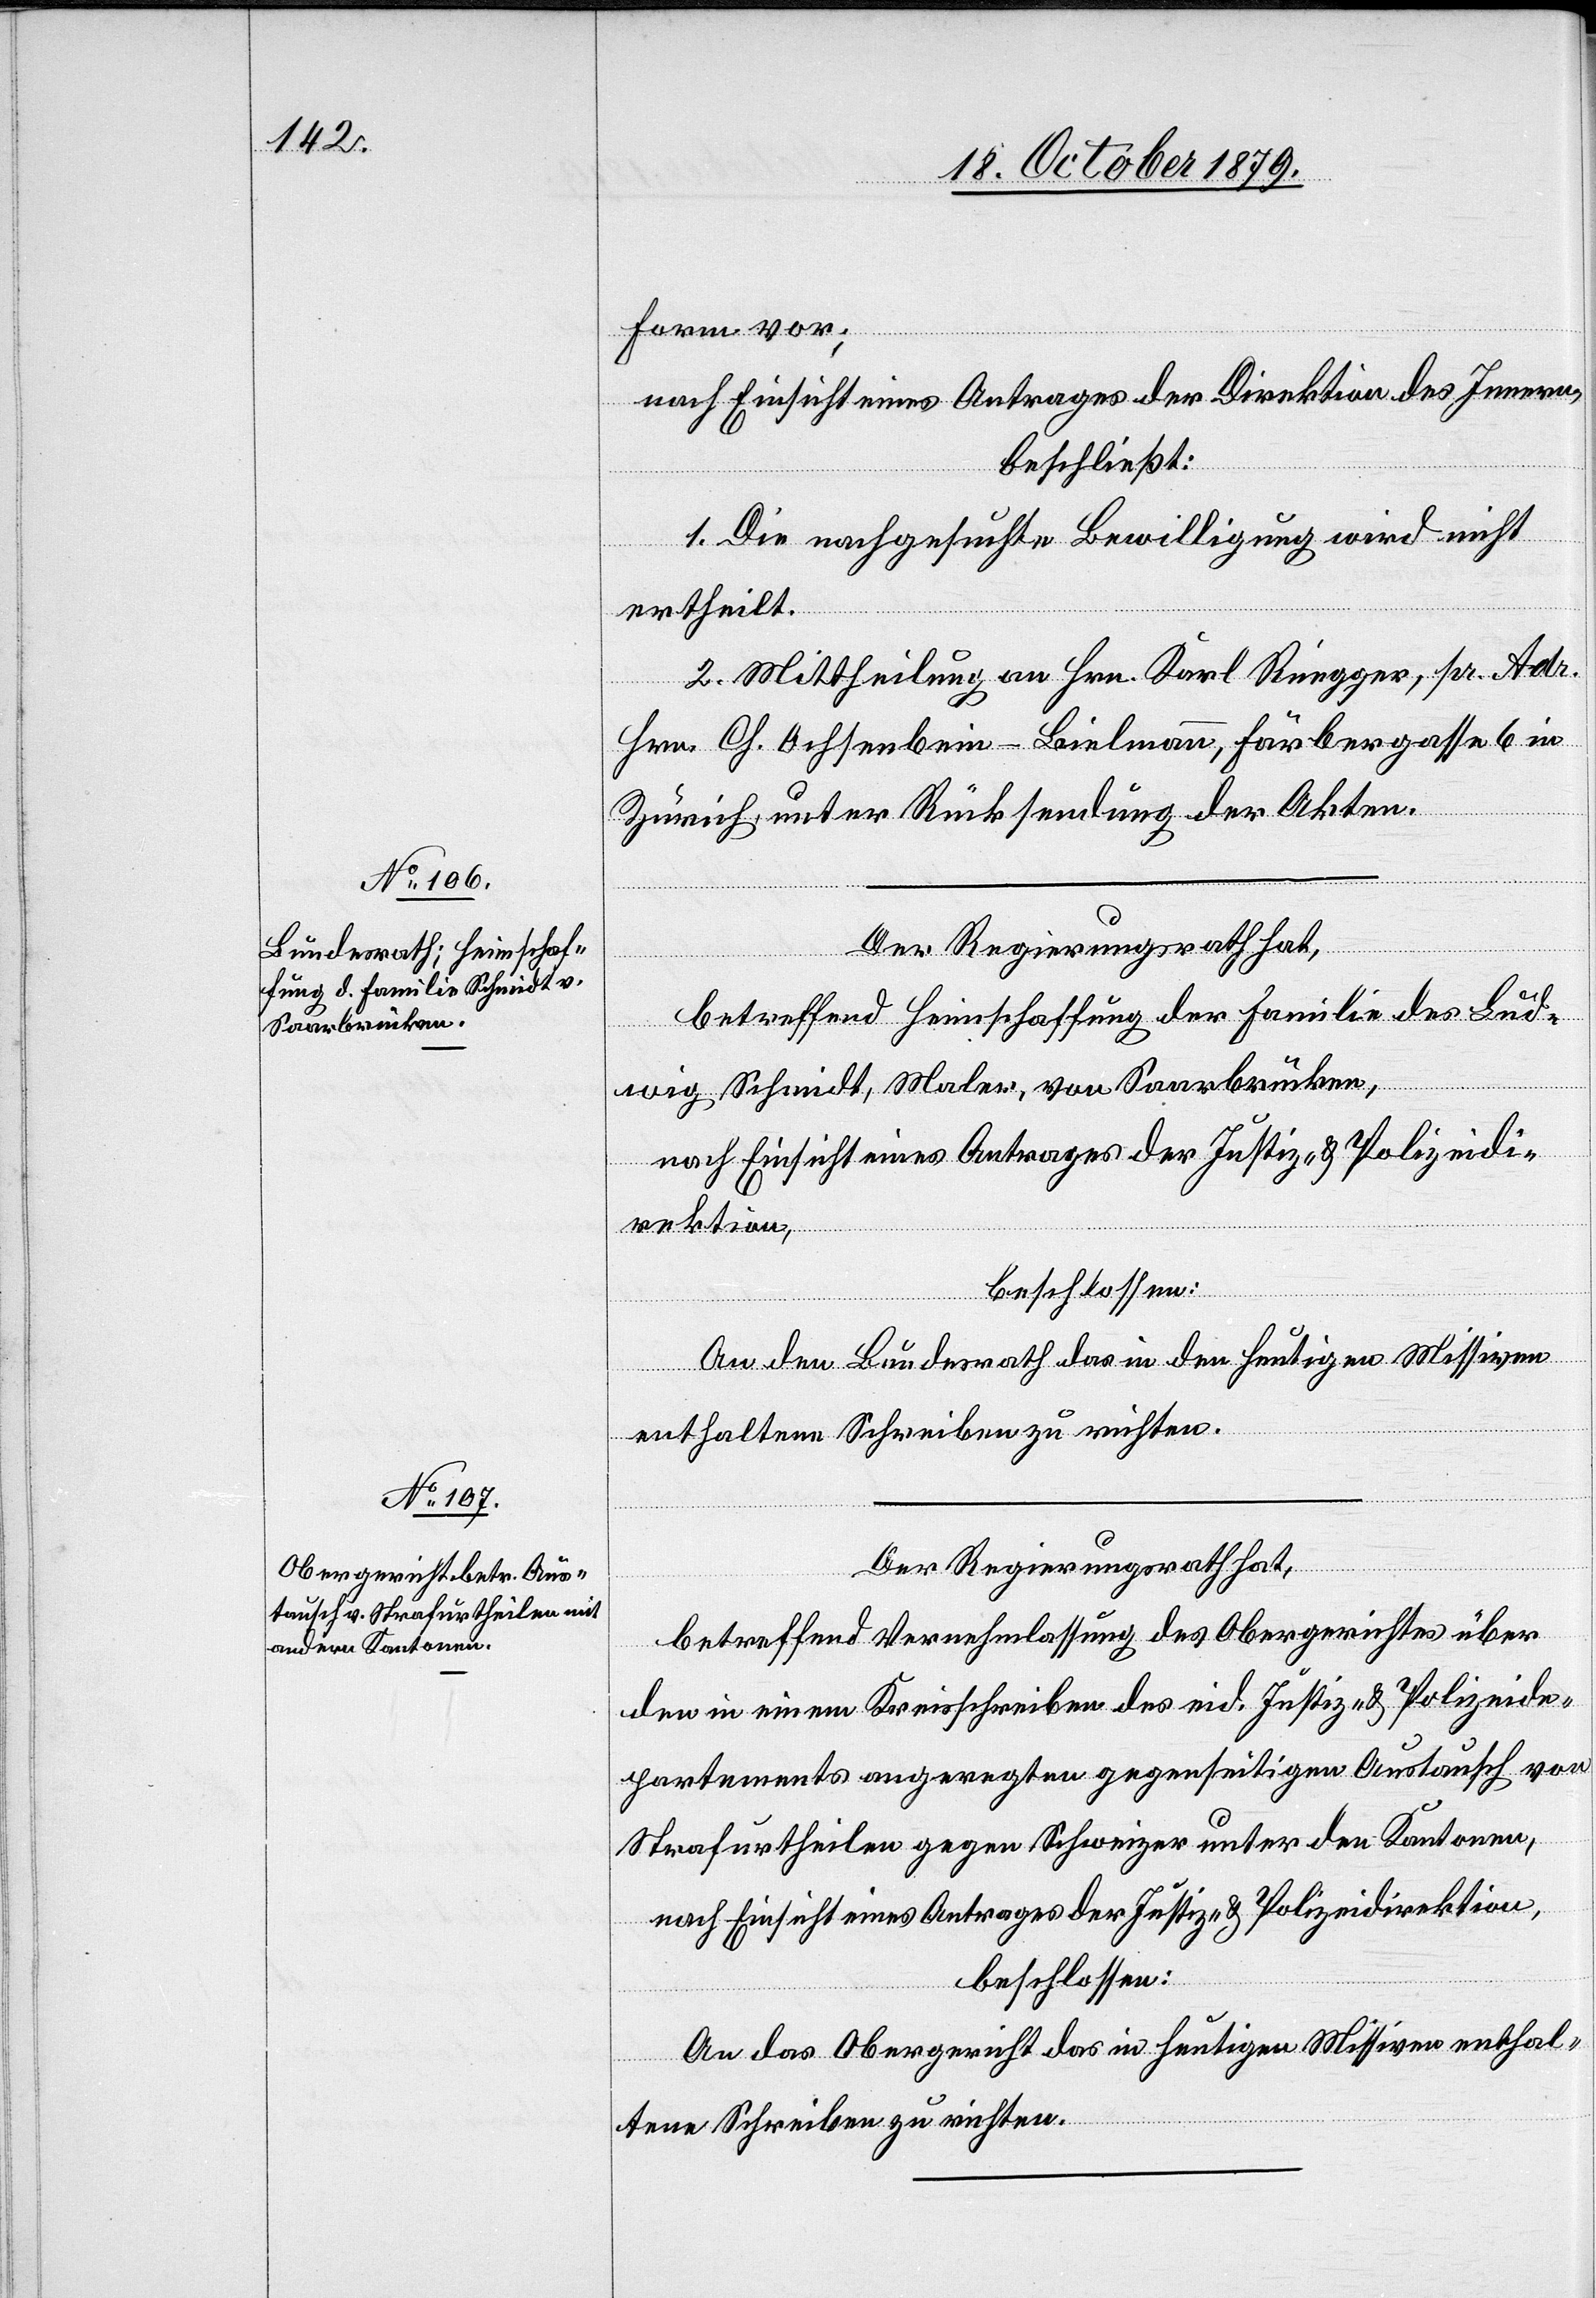
Form vor;
nach Einsicht eines Antrages der Direktion des Innern,
beschließt:
1. Die nachgesuchte Bewilligung wird nicht
ertheilt.
2. Mittheilung an Hrn. Karl Rüegger, pr. Adr.
Hrn. Ch. Ochsenbein-Bielmann, Färbergasse 6 in
Zürich, unter Rücksendung der Akten.
Der Regierungsrath hat,
betreffend Heimschaffung der Familie des Lud¬
wig Schmidt, Maler, von Saarbrücken,
An den Bundesrath das in den heutigen Missiven
enthaltene Schreiben zu richten.
Der Regierungsrath hat,
betreffend Vernehmlassung des Obergerichtes über
den in einem Kreisschreiben des eid. Justiz- & Polizeide¬
partements angeregten gegenseitigen Austausch von
Strafurtheilen gegen Schweizer unter den Kantonen,
nach Einsicht eines Antrages der Justiz-& Polizeidirektion,
beschlossen:
An das Obergericht das in heutigen Missiven enthal¬
tene Schreiben zu richten.